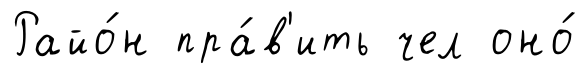
Райо́н пра́в'ить чел оно́